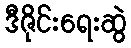
ဒီဇိုင်းရေးဆွဲ